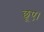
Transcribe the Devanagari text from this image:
छूए।